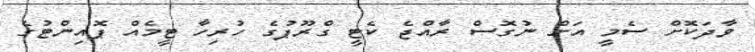
ވާދަކޮށް ސެމީ އަށް ނުގޮސް ރާއްޖެ ކެޓީ ގްރޫޕުގެ ހުރިހާ ޓީމެއް ޕޮއިންޓުގެ